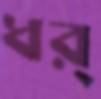
ধর্